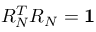
R _ { N } ^ { T } R _ { N } = \mathbf { 1 }